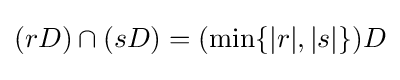
(rD)\cap (sD)=(\min _{}\{|r|,|s|\})D